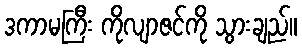
ဒကာမကြီး ကိုလျာဇင်ကို သွားချည်။